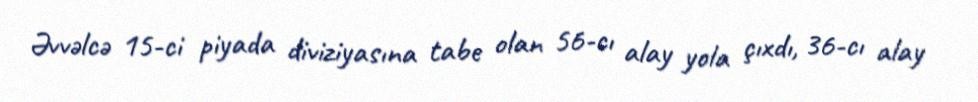
Əvvəlcə 15-ci piyada diviziyasına tabe olan 56-cı alay yola çıxdı, 36-cı alay